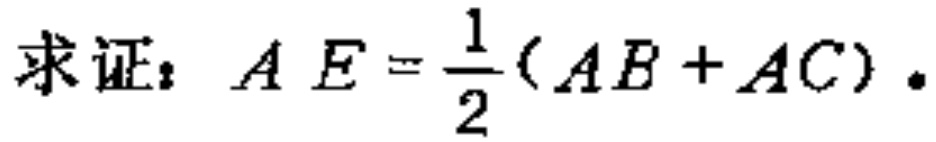
求证：$AE = \frac{1}{2}(AB + AC)$。